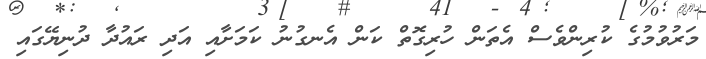
މަރުވުމުގެ ކުރިންވެސް އެތަން ހުރިގޮތް ކަން އެނގުނު ކަމަށާއި އަދި ރައުދާ ދުނިޔޭގައި